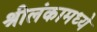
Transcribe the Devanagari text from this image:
श्रीलंकामध्ये